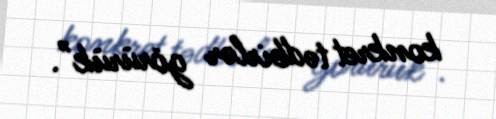
konkret tədbirlər görürük”.